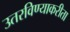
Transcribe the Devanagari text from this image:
उतरविण्याकरीता